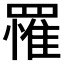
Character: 罹